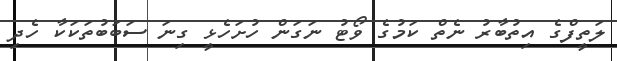
ލަތީފްގެ އިތުބާރު ނެތް ކަމުގެ ވޯޓު ނަގަން ހުށަހެޅީ ގިނަ ސަބަބުތަކަކާ ހެދި